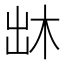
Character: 𠚐